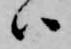
ハ